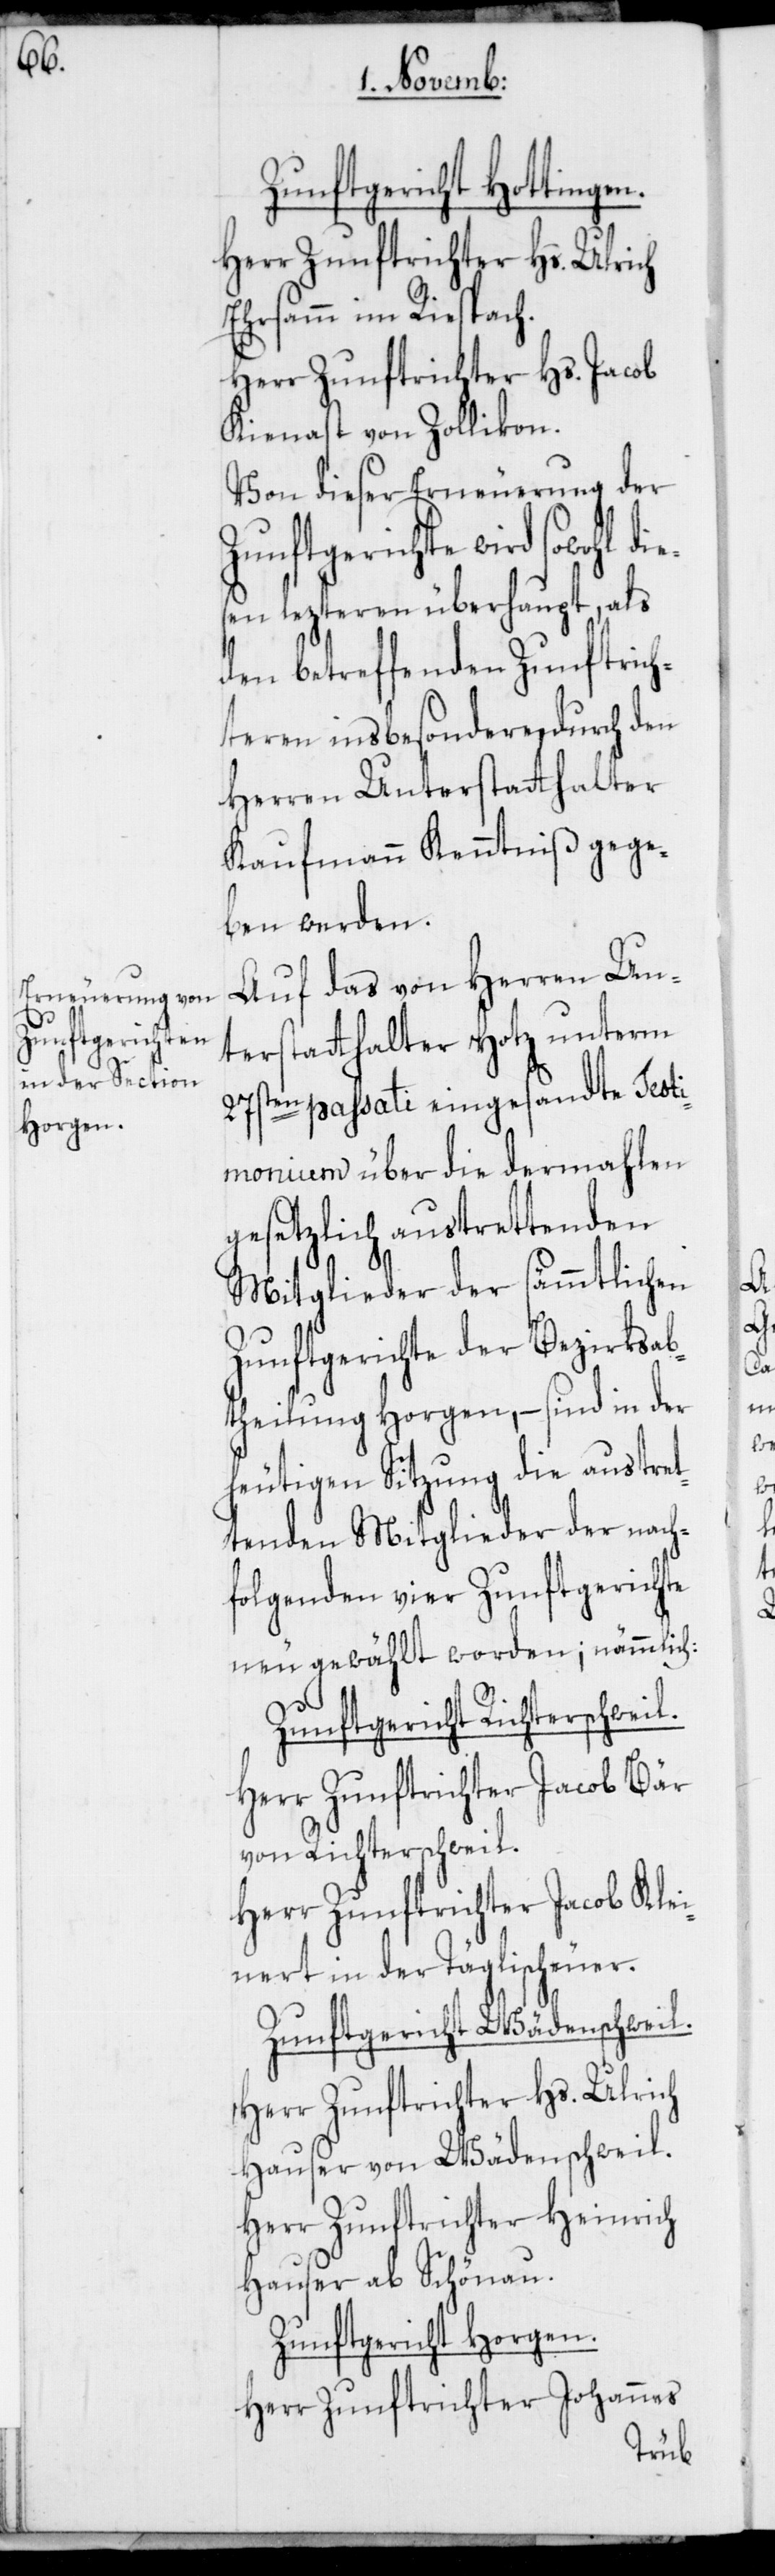
Zunftgericht Hottingen.
Ehrsamm im Riespach.
Herr Zunftrichter Hs. Jacob
Kienast von Zollikon.
Von dieser Erneuerung der
Zunftgerichte wird sowohl
sen lezteren überhaupt, als
den betreffenden Zunftrich¬
teren insbesondere, durch den
Herren Unterstatthalter
Kaufmann Kenntniß gege¬
ben werden.
Auf das von Herren Un¬
terstatthalter Hotz unterm
27sten passati eingesandte Testi¬
monium über die dermahlen
gesetzlich austrettenden
Mitglieder der sämmtlichen
Zunftgerichte der Bezirksab¬
theilung Horgen, – sind in der
heutigen Sitzung die austret¬
tenden Mitglieder der nach¬
folgenden vier Zunftgerichte
neu gewählt worden, nämmlich:
Zunftgericht Richterschweil.
Herr Zunftrichter Jacob Bär
von Richterschweil.
Herr Zunftrichter Jacob Klei¬
nert in der Täglischeuer.
Zunftgericht Wädenschweil.
Herr Zunftrichter Hs. Ulrich
Hauser von Wädenschweil.
Herr Zunftrichter Heinrich
Hauser ab Schönau.
Zunftgericht Horgen.
Herr Zunftrichter Johannes
die¬